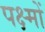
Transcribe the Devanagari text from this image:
पक्ष्मों